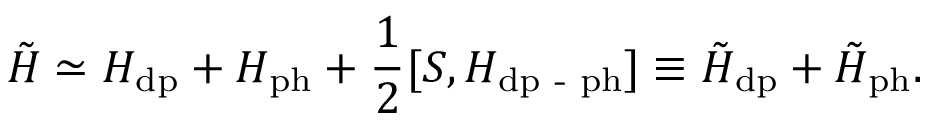
\tilde { H } \simeq { H } _ { \mathrm { d p } } + { H } _ { \mathrm { p h } } + \frac { 1 } { 2 } [ S , H _ { \mathrm { d p } \textrm { - } \mathrm { p h } } ] \equiv \tilde { H } _ { \mathrm { d p } } + \tilde { H } _ { \mathrm { p h } } .